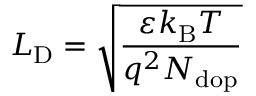
L _ { \mathrm { { D } } } = { \sqrt { \frac { \varepsilon k _ { \mathrm { { B } } } T } { q ^ { 2 } N _ { \mathrm { { d o p } } } } } }